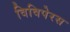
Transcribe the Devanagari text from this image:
विविपेरस